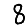
Digit: 8